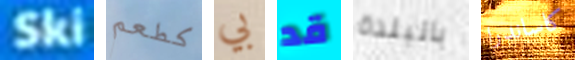
Ski كطعم بي قد بالبلدة كاساندرا